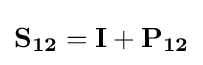
\mathbf {S_{12}} =\mathbf {I} +\mathbf {P_{12}}